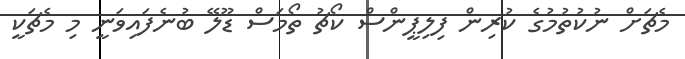
މެޗަށް ނުކުތުމުގެ ކުރިން ފިލިޕީންސް ކޯޗު ތޯމަސް ޑޫލޭ ބުނެފައިވަނީ މި މެޗަކީ